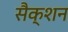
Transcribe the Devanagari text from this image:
सैक्शन